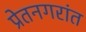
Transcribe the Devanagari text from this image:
प्रेतनगरांत